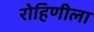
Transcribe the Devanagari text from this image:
रोहिणीला